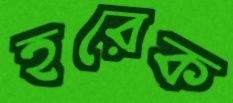
হরেক